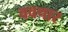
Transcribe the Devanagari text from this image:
ववचार